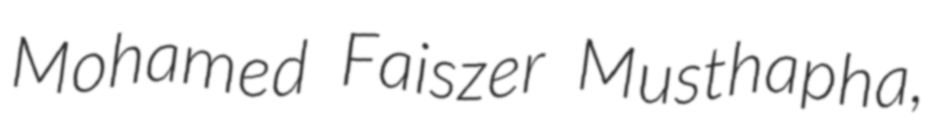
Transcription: Mohamed Faiszer Musthapha,